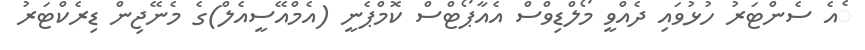
ެއެ ސެންޓަރު ހުޅުވައި ދެއްވީ މޯލްޑިވްސް އެއާޕޯޓްސް ކޮމްޕެނީ (އެމްއޭސީއެލް)ގެ މެނޭޖިން ޑިރެކްޓަރު